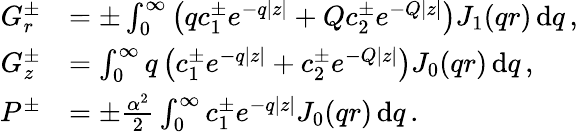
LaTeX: \begin{array}{rl}{G_{r}^{\pm}}&{=\pm\int_{0}^{\infty}\left(qc_{1}^{\pm}e^{-q|z|}+Qc_{2}^{\pm}e^{-Q|z|}\right)J_{1}(qr)\, \mathrm{d}q\, ,}\\ {G_{z}^{\pm}}&{=\int_{0}^{\infty}q\left(c_{1}^{\pm}e^{-q|z|}+c_{2}^{\pm}e^{-Q|z|}\right)J_{0}(qr)\, \mathrm{d}q\, ,}\\ {P^{\pm}}&{=\pm\frac{\alpha^{2}}{2}\int_{0}^{\infty}c_{1}^{\pm}e^{-q|z|}J_{0}(qr)\, \mathrm{d}q\, .}\end{array}